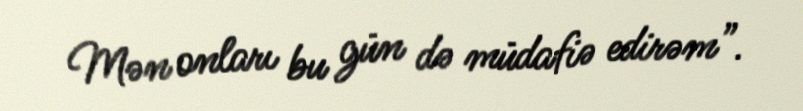
Mən onları bu gün də müdafiə edirəm”.